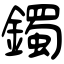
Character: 鐲